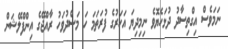
ނަމަވެސް އިގްތިސާދު ދުޅަހެޔޮވެ ނިމިދިޔަ އަހަރުގެ ފުރަތަމަ ހަ މަސްދުވަހު ރާއްޖޭގެ އިންފްލޭޝަން